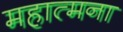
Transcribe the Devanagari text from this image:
महात्मना